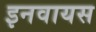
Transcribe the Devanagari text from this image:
इनवायस